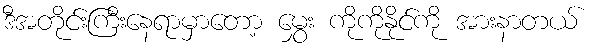
ဒီအတိုင်းကြီးနေရာမှာတော့ မွှေး ကိုကိုနိုင်ကို အားနာတယ်